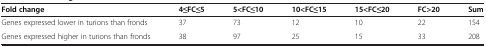
<table><thead><tr><td><b>Fold change</b></td><td><b>4≤FC≤5</b></td><td><b>5&lt;FC≤10</b></td><td><b>10&lt;FC≤15</b></td><td><b>15&lt;FC≤20</b></td><td><b>FC&gt;20</b></td><td><b>Sum</b></td></tr></thead><tbody><tr><td>Genes expressed lower in turions than fronds</td><td>37</td><td>73</td><td>12</td><td>10</td><td>22</td><td>154</td></tr><tr><td>Genes expressed higher in turions than fronds</td><td>38</td><td>97</td><td>25</td><td>15</td><td>33</td><td>208</td></tr></tbody></table>